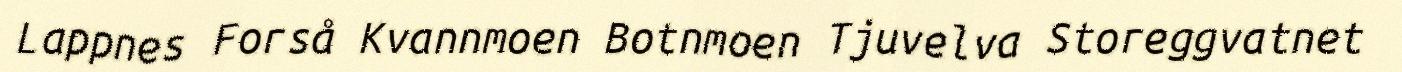
Lappnes Forså Kvannmoen Botnmoen Tjuvelva Storeggvatnet